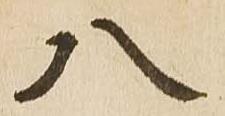
八